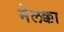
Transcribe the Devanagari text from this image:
मेलक्का